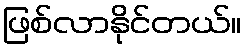
ဖြစ်လာနိုင်တယ်။